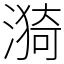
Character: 漪